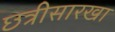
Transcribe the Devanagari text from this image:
छत्रीसारखा